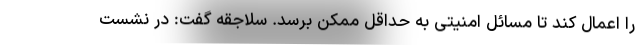
را اعمال کند تا مسائل امنیتی به حداقل ممکن برسد. سلاجقه گفت: در نشست